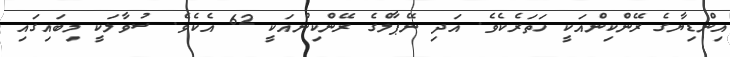
އިންޑިޔާގެ ރޭންކިންއަކީ ހަތަރެކެވެ. އަދި ނޭޕާލްގެ ރޭންކިންއަކީ 62 އެކެވެ. ސުވާލަކީ މިބައިގައި